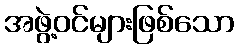
အဖွဲ့ဝင်များဖြစ်သော